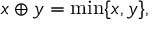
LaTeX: x \oplus y = \operatorname* { m i n } \{ x , y \} ,